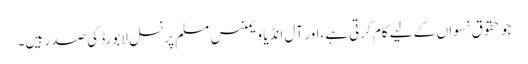
جو حقوق نسواں کے لیے کام کرتی ہے،اور آل انڈیا ویمنس مسلم پرنسل لا بورڈ کی صدر ہیں۔